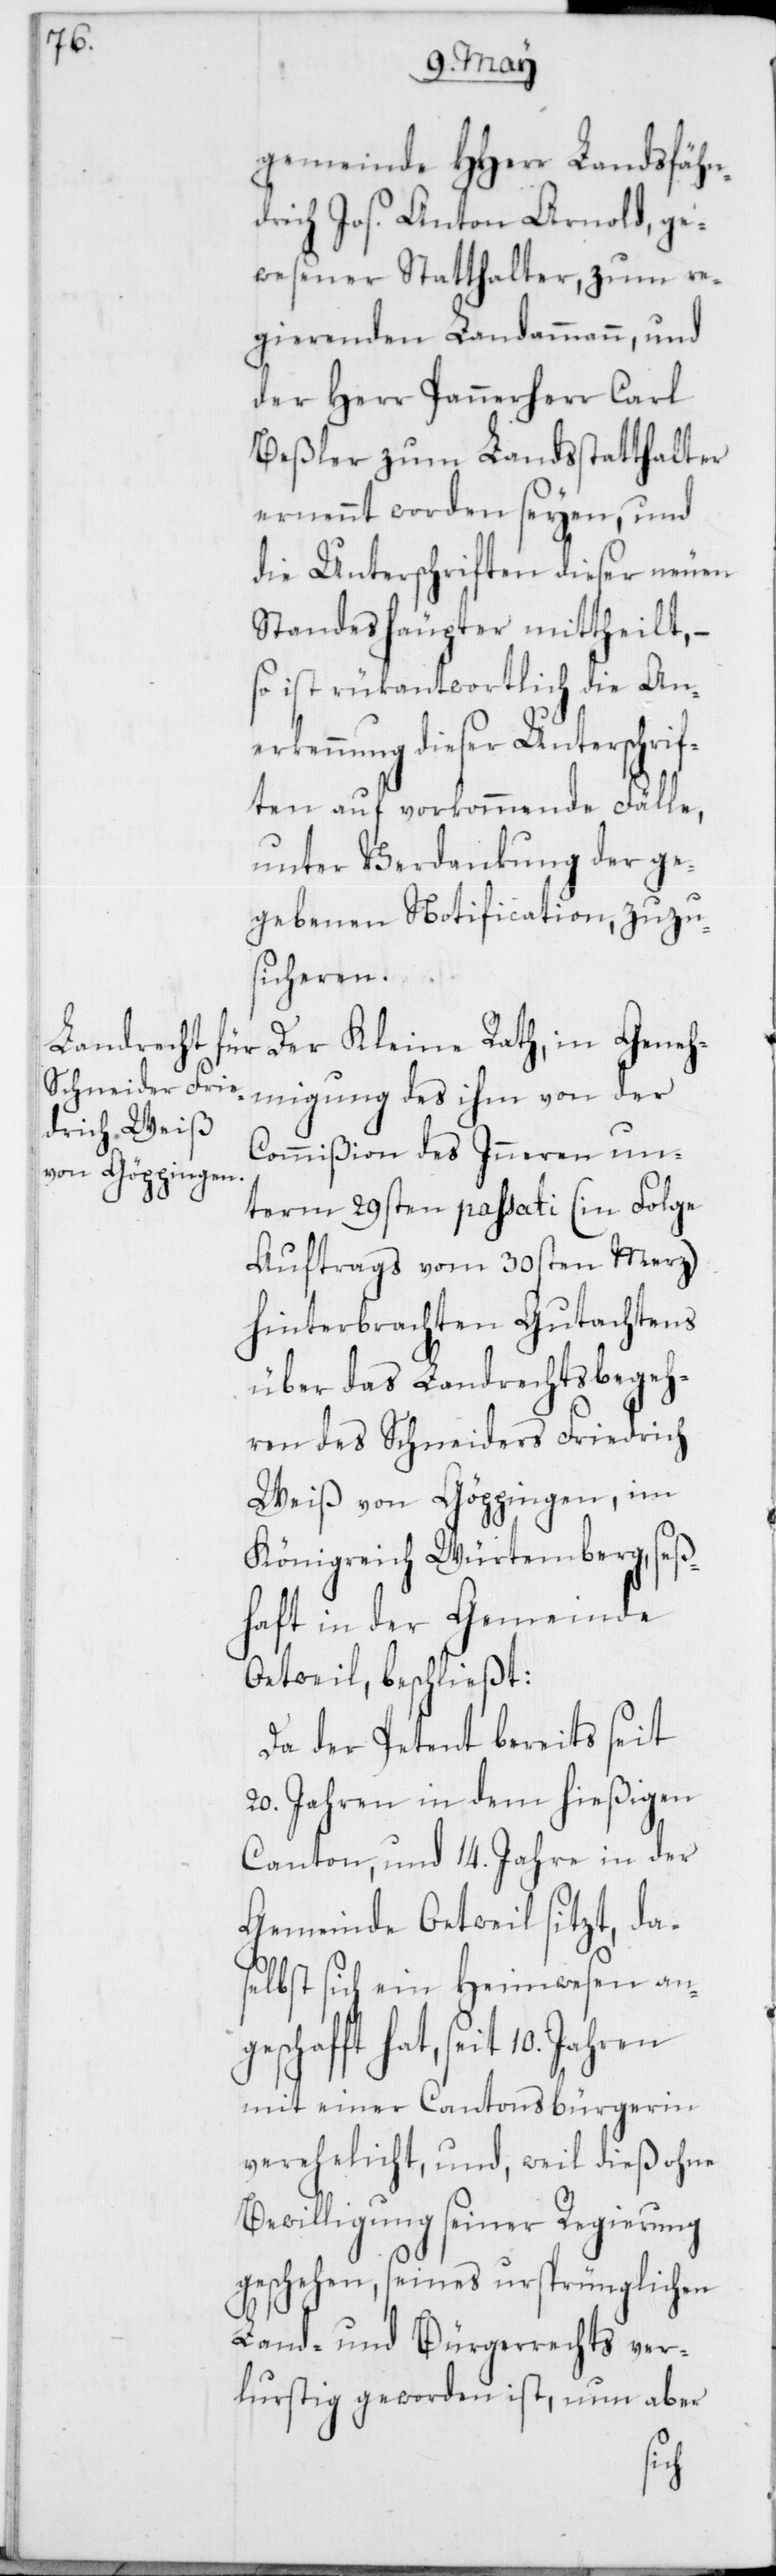
gemeinde HHerr Landsfähn¬
drich Jos. Anton Arnold, ge¬
wesener Statthalter, zum re¬
gierenden Landammann, und
der Herr Pannerherr Carl
Beßler zum Landsstatthalter
ernennt worden seyen, und
die Unterschriften dieser neuen
Standeshäupter mittheilt, –
so ist rükantwortlich die An¬
erkennung dieser Unterschrif¬
ten auf vorkommende Fälle,
unter Verdankung der ge¬
gebenen Notification, zuzu¬
sicheren.
Der Kleine Rath, in Geneh¬
migung des ihm von der
Commißion des Inneren un¬
term 29sten passati (in Folge
Auftrags vom 30sten Merz)
hinterbrachten Gutachtens
über das Landrechtsbegeh¬
ren des Schneiders Friedrich
Weiß von Göppingen, im
Königreich Würtemberg, seß¬
haft in der Gemeinde
Oetweil, beschließt:
Da der Petent bereits seit
20. Jahren in dem hießigen
Canton, und 14. Jahre in der
Gemeinde Oetweil sitzt, da¬
selbst sich ein Heimwesen an¬
hafft hat, seit 10. Jahren
mit einer Cantonsbürgerin
verehelicht, und, weil dieß ohne
Bewilligung seiner Regierung
geschehen, seines ursprünglichen
Land- und Bürgerrechts ver¬
lustig geworden ist, nun aber
sc¬